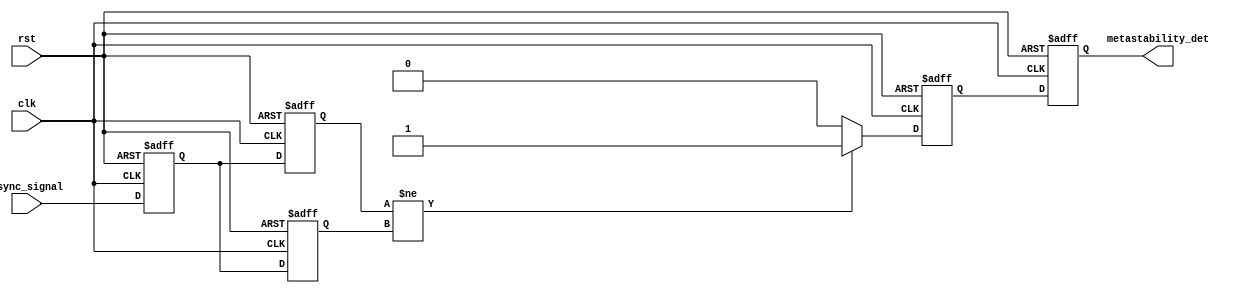
module metastability_detector (
    input wire async_signal,     // Asynchronous input signal
    input wire clk,              // Sampling clock
    input wire rst,              // Reset signal
    output reg metastability_det  // Metastability detection output signal
);

    reg ff1, ff2;                // D flip-flops
    reg ff1_prev;                // Previous state of the first flip-flop
    reg pulse;                   // Pulse signal for metastability detection

    // D Flip-Flop 1
    always @(posedge clk or posedge rst) begin
        if (rst) begin
            ff1 <= 1'b0;         // Reset FF1
        end else begin
            ff1 <= async_signal; // Sample asynchronous signal
        end
    end

    // D Flip-Flop 2
    always @(posedge clk or posedge rst) begin
        if (rst) begin
            ff2 <= 1'b0;         // Reset FF2
        end else begin
            ff2 <= ff1;          // Sample output of FF1
        end
    end

    // Edge detection for FF2
    always @(posedge clk or posedge rst) begin
        if (rst) begin
            ff1_prev <= 1'b0;    // Reset previous state
            pulse <= 1'b0;       // Reset pulse
            metastability_det <= 1'b0; // Reset output
        end else begin
            // Detect rising edge of FF2
            if (ff2 != ff1_prev) begin
                pulse <= 1'b1;    // Generate pulse
            end else begin
                pulse <= 1'b0;    // Reset pulse
            end

            // Store previous state of FF1
            ff1_prev <= ff1;

            // Generate metastability detection signal
            metastability_det <= pulse;
        end
    end

endmodule